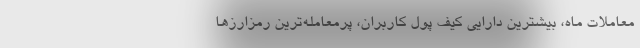
معاملات ماه، بیشترین دارایی کیف پول کاربران، پرمعامله‌ترین رمزارزها